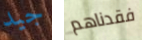
جيد فقدناهم